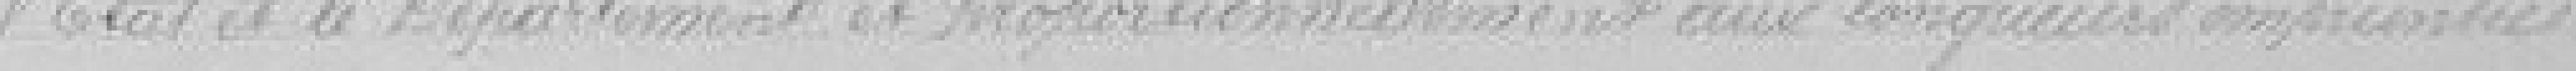
l'Etat et le Département et proportionnellement aux longueurs empruntées.